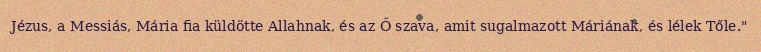
Jézus, a Messiás, Mária fia küldötte Allahnak, és az Ő szava, amit sugalmazott Máriának, és lélek Tőle."